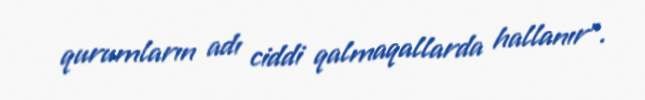
qurumların adı ciddi qalmaqallarda hallanır".